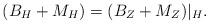
LaTeX: \begin{align*}(B_H+M_H)=(B_Z+M_Z)|_H.\end{align*}